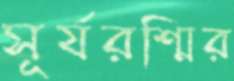
সূর্যরশ্মির